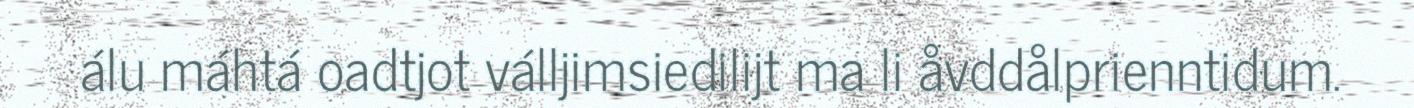
álu máhtá oadtjot válljimsiedilijt ma li åvddålprienntidum.